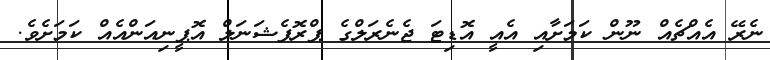
ނެރޭ އެއްޗެއް ނޫން ކަމަށާއި އެއީ އޮޑިޓަ ޖެނެރަލްގެ ޕްރޮފެޝަނަލް އޮޕީނިއަންއެއް ކަމަށެވެ.